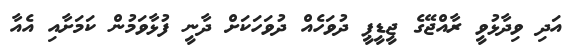
އަދި ވިދާޅުވީ ރާއްޖޭގެ ޖީޑީޕީ ދުވަހެއް ދުވަހަކަށް ދާނީ ފުޅާވަމުން ކަމަށާއި އެއާ